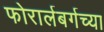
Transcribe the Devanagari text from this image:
फोरार्लबर्गच्या